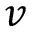
v